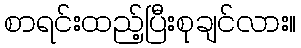
စာရင်းထည့်ပြီးစုချင်လား။